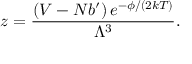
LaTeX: z = { \frac { ( V - N b ^ { \prime } ) \, e ^ { - \phi / ( 2 k T ) } } { \Lambda ^ { 3 } } } .